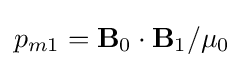
p_{m1}={\mathbf {B}}_{0}\cdot {\mathbf {B}}_{1}/\mu _{0}